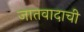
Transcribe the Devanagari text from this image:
जातवादाची